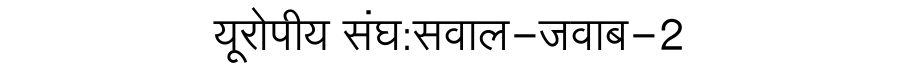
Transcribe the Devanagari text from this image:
यूरोपीय संघ:सवाल-जवाब-2